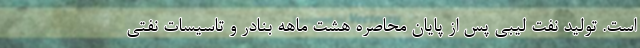
است. تولید نفت لیبی پس از پایان محاصره هشت ماهه بنادر و تاسیسات نفتی